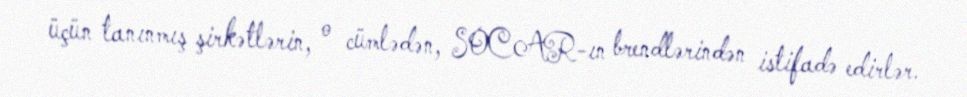
üçün tanınmış şirkətlərin, o cümlədən, SOCAR-ın brendlərindən istifadə edirlər.